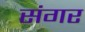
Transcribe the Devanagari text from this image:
संगर